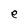
Character: e